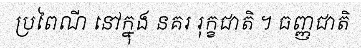
ប្រពៃណី នៅក្នុង នគរ រុក្ខជាតិ ។ ធញ្ញជាតិ